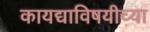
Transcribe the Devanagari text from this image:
कायद्याविषयीच्या